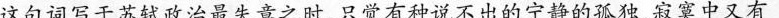
这句词写于苏轼政治最失意之时，只觉有种说不出的宁静的孤独，寂寞中又有